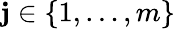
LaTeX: \mathbf{j}\in\{ 1,\ldots,m\}